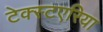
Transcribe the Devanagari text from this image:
टेक्स्टएरिया